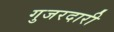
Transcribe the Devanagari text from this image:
गुजरदारी